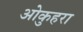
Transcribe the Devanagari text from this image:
ओकुहरा